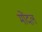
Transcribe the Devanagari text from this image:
मोंदल